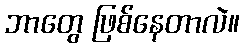
ဘာတွေ ဖြစ်နေတာလဲ။